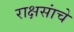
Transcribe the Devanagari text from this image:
राक्षसांचे